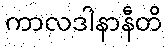
ကာလဒါနာနီတိ